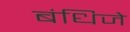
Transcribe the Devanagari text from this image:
बंधिजे